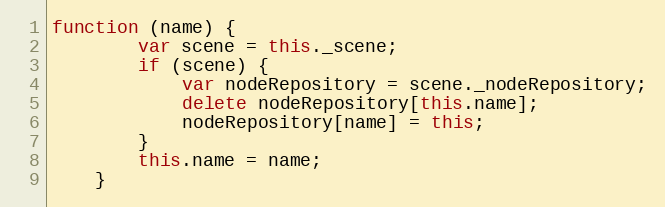
Language: JavaScript
function (name) {
        var scene = this._scene;
        if (scene) {
            var nodeRepository = scene._nodeRepository;
            delete nodeRepository[this.name];
            nodeRepository[name] = this;
        }
        this.name = name;
    }